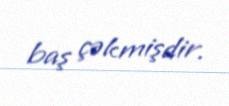
baş çəkmişdir.